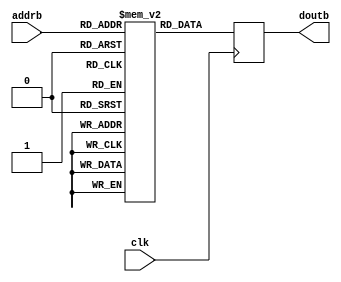
module ama_riscv_imem (
    input  wire        clk,
    input  wire [13:0] addrb,
    output reg  [31:0] doutb
);

reg  [31:0] mem[16384-1:0];
    
// imem read
always @(posedge clk) begin
    doutb <= mem[addrb];
end

endmodule